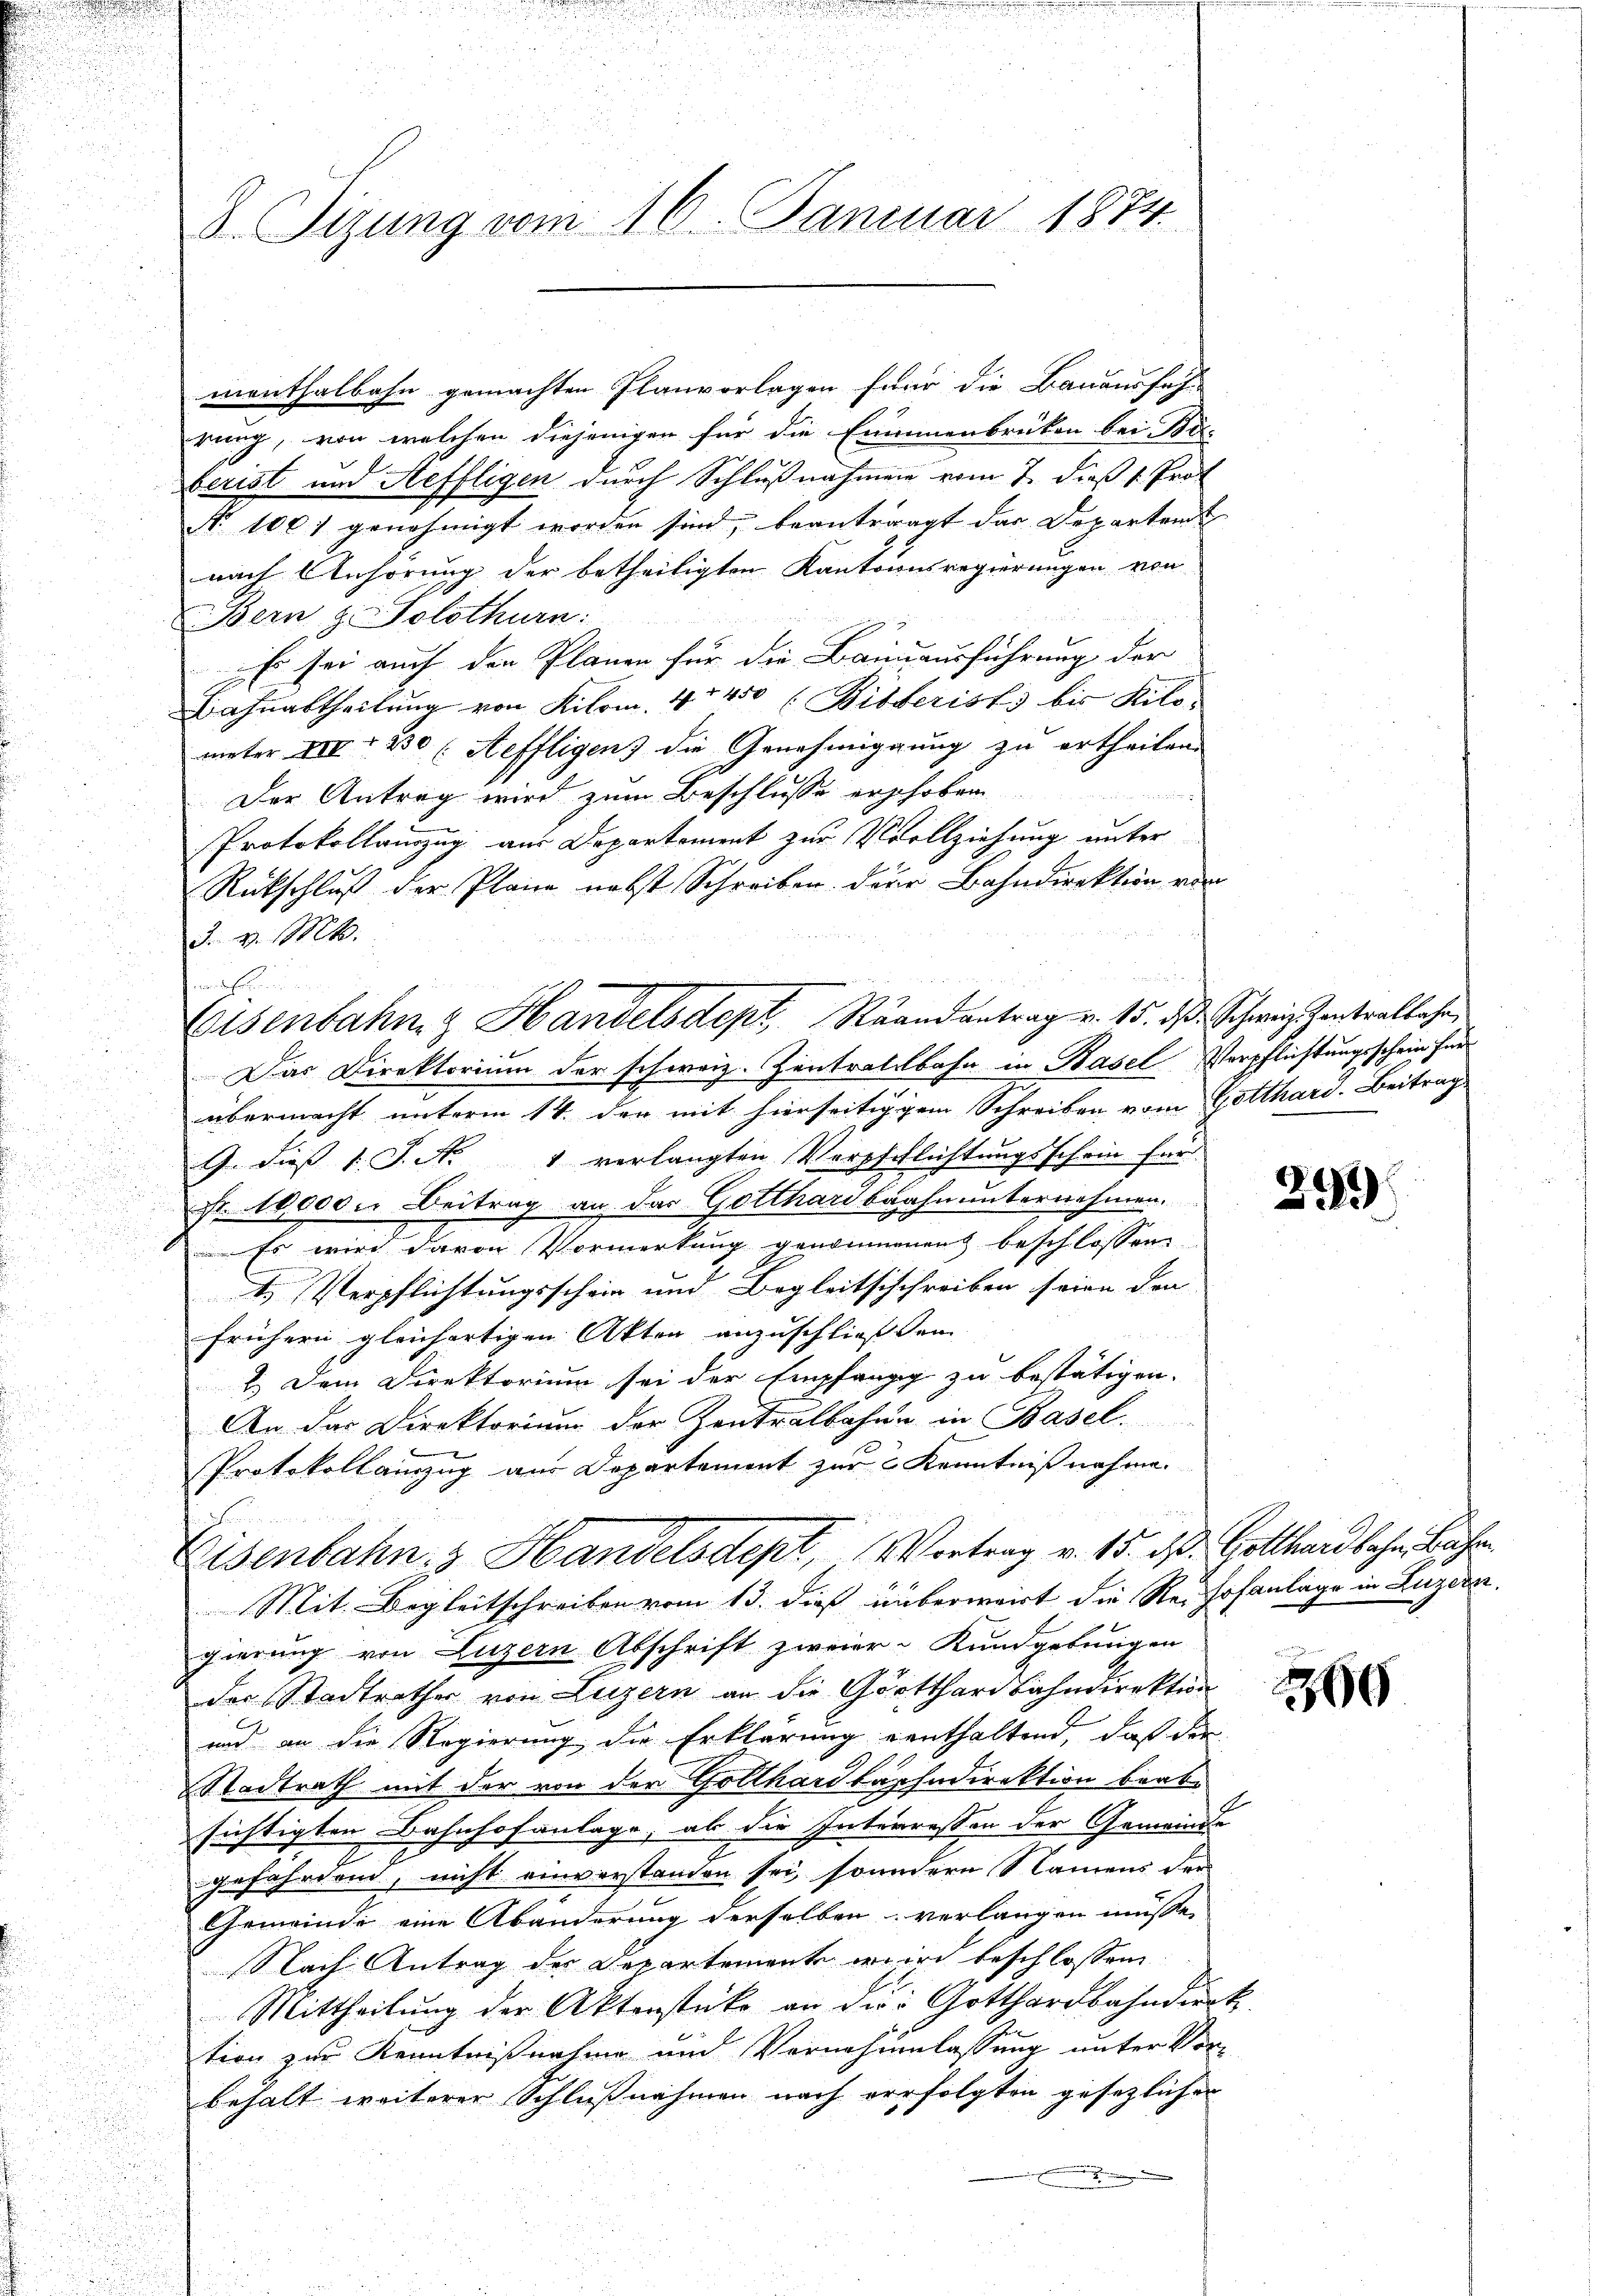
d. Tizung vom 16. Januar 1874.

w

menthalbahn gemachten Planvorlagen für die Bauausfah-
rung, von welchen diejenigen für die Eimmenbrüken bei Bo-
berist und Steffligen durch Schlußnahmen vom 7. dieß s. Prot
Nr. 1007 genehmigt worden sind, beantragt das Departant
nach Anhörung der betheiligten Kantonsregierungen von
Bern z. Solothurn
Es sei auch den Planen für die Baunausführung der
Bahnabtheilung von Kilom 4t 450 (Bisberist bis Kiloueter XIII 230 (Aeffligens die Genehmigung zu ertheilen.
 2. J
Der Antrag wird zum Beschlusse erschoben.
Protokollauszug aus Departement zur Vollziehung unter
Rückschluß der Plane nebst Schreiben der Bahndirektion von
3. v. Mt.
Das Direktorium der schweiz. Zentratsbahn in Basel Verpflichtungsschein für
übermacht unterm 14. den mit hierseitig gem Schreiben vom Gotthard. Beitrag
G. dieß 1 S. Nr. 1 verlangten Verpflichtungsschein für
Fr. 10,000. Beitrag an das Gotthardbahn unternehmen.
Es wird davon Vormerkung genommenen beschlossen
1. Verpflichtungsschein und Begleitsschreiben seien den
frühern gleichartigen Akten anzuschließen
2.) Dem Direktorium sei der Empfang zu bestätigen.
An das Direktorium der Zentralbahne in Basel
e
Protokollinzug aus Departement zur Kenntniß nehme.
Eisenbahn, 3 Handelsdept, Vortrag v. 15. d. Gotthardbahn, Bäche
Mit. Begleitschreiben vom 13. dieß unterweit die Reihofanlage in Luzern,
gierung von Luzern Abschrift zweier Kundgebungen
der Stadtrathes von Luzern an die Görtthardbahndirektion
und an die Regierung, die Erklärung enthaltend, daß der
Stadtrath mit der von der Gotthardbahndirektion beabsichtigten Bahnhofanlage, als die Interressen der Gemeinde
gefährdend, nicht einverstanden sei, sondern Namens der
Gemeinde eine Abänderung derselben verlangen müsse,
Nach Antrag des Departemente wird beschlossen
Mittheilung der Aktenstücke an die Gotthardbahndien
tion zur Kenntnißnahme und Vernehmlassung unter Vor-
behalt weiterer Schlußnahmen nach verfolgten gesetzlicher

u
Eisenbahn & Handelsdept, Raandantrag v. 15. dβ. Schweiz antralbahn,

E

4.

.
.
2

260